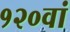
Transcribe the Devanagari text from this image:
१२०वां